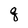
Character: q